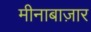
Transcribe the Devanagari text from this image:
मीनाबाज़ार